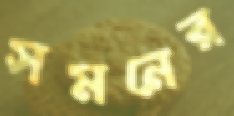
সমনের